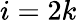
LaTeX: i=2k